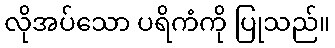
လိုအပ်သော ပရိကံကို ပြုသည်။